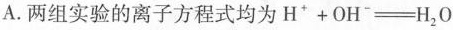
A.两组实验的离子方程式均为$$H + O H = H _ { 2 } O$$